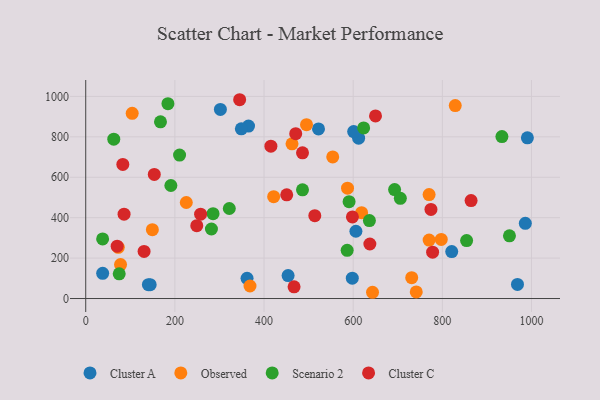
{"axis": {"x": "Experience", "y": "Demand"}, "legend": ["Cluster A", "Cluster C", "Observed", "Scenario 2"], "data": [{"x": "361.9", "y": 99.9, "type": "Cluster A"}, {"x": "821.1", "y": 232.3, "type": "Cluster A"}, {"x": "302.1", "y": 935.7, "type": "Cluster A"}, {"x": "606.1", "y": 332.8, "type": "Cluster A"}, {"x": "986.2", "y": 371.9, "type": "Cluster A"}, {"x": "38.0", "y": 124.8, "type": "Cluster A"}, {"x": "144.6", "y": 68.5, "type": "Cluster A"}, {"x": "454.0", "y": 113.5, "type": "Cluster A"}, {"x": "365.2", "y": 853.1, "type": "Cluster A"}, {"x": "349.1", "y": 839.5, "type": "Cluster A"}, {"x": "990.8", "y": 795.4, "type": "Cluster A"}, {"x": "598.0", "y": 100.6, "type": "Cluster A"}, {"x": "522.2", "y": 839.3, "type": "Cluster A"}, {"x": "612.2", "y": 793.2, "type": "Cluster A"}, {"x": "601.1", "y": 826.1, "type": "Cluster A"}, {"x": "140.5", "y": 68.5, "type": "Cluster A"}, {"x": "968.6", "y": 69.7, "type": "Cluster A"}, {"x": "770.3", "y": 514.4, "type": "Observed"}, {"x": "618.9", "y": 424.6, "type": "Observed"}, {"x": "797.6", "y": 292.2, "type": "Observed"}, {"x": "73.0", "y": 253.5, "type": "Observed"}, {"x": "731.3", "y": 102.9, "type": "Observed"}, {"x": "368.5", "y": 62.0, "type": "Observed"}, {"x": "554.1", "y": 700.9, "type": "Observed"}, {"x": "587.3", "y": 545.8, "type": "Observed"}, {"x": "421.6", "y": 504.0, "type": "Observed"}, {"x": "643.4", "y": 30.9, "type": "Observed"}, {"x": "462.8", "y": 765.6, "type": "Observed"}, {"x": "78.1", "y": 168.1, "type": "Observed"}, {"x": "104.2", "y": 916.4, "type": "Observed"}, {"x": "741.5", "y": 32.7, "type": "Observed"}, {"x": "495.3", "y": 860.0, "type": "Observed"}, {"x": "225.6", "y": 475.1, "type": "Observed"}, {"x": "829.0", "y": 954.6, "type": "Observed"}, {"x": "149.5", "y": 340.5, "type": "Observed"}, {"x": "770.4", "y": 289.2, "type": "Observed"}, {"x": "692.9", "y": 539.0, "type": "Scenario 2"}, {"x": "586.5", "y": 238.6, "type": "Scenario 2"}, {"x": "322.1", "y": 445.5, "type": "Scenario 2"}, {"x": "590.8", "y": 479.1, "type": "Scenario 2"}, {"x": "167.7", "y": 874.5, "type": "Scenario 2"}, {"x": "705.8", "y": 495.6, "type": "Scenario 2"}, {"x": "486.3", "y": 537.9, "type": "Scenario 2"}, {"x": "75.1", "y": 122.2, "type": "Scenario 2"}, {"x": "184.4", "y": 964.0, "type": "Scenario 2"}, {"x": "933.7", "y": 801.3, "type": "Scenario 2"}, {"x": "950.6", "y": 310.4, "type": "Scenario 2"}, {"x": "623.5", "y": 844.0, "type": "Scenario 2"}, {"x": "37.9", "y": 295.1, "type": "Scenario 2"}, {"x": "282.0", "y": 344.1, "type": "Scenario 2"}, {"x": "285.6", "y": 419.6, "type": "Scenario 2"}, {"x": "210.5", "y": 709.6, "type": "Scenario 2"}, {"x": "62.9", "y": 788.7, "type": "Scenario 2"}, {"x": "636.4", "y": 385.9, "type": "Scenario 2"}, {"x": "191.0", "y": 559.2, "type": "Scenario 2"}, {"x": "854.5", "y": 286.7, "type": "Scenario 2"}, {"x": "70.5", "y": 258.9, "type": "Cluster C"}, {"x": "486.3", "y": 720.9, "type": "Cluster C"}, {"x": "513.9", "y": 409.8, "type": "Cluster C"}, {"x": "467.4", "y": 57.8, "type": "Cluster C"}, {"x": "153.8", "y": 614.3, "type": "Cluster C"}, {"x": "83.2", "y": 663.7, "type": "Cluster C"}, {"x": "86.0", "y": 417.6, "type": "Cluster C"}, {"x": "130.9", "y": 233.0, "type": "Cluster C"}, {"x": "774.5", "y": 440.8, "type": "Cluster C"}, {"x": "450.9", "y": 513.3, "type": "Cluster C"}, {"x": "471.1", "y": 815.6, "type": "Cluster C"}, {"x": "650.1", "y": 903.6, "type": "Cluster C"}, {"x": "415.4", "y": 753.9, "type": "Cluster C"}, {"x": "345.3", "y": 983.7, "type": "Cluster C"}, {"x": "864.5", "y": 484.8, "type": "Cluster C"}, {"x": "598.3", "y": 403.6, "type": "Cluster C"}, {"x": "249.1", "y": 360.7, "type": "Cluster C"}, {"x": "257.7", "y": 417.4, "type": "Cluster C"}, {"x": "778.2", "y": 229.3, "type": "Cluster C"}, {"x": "637.4", "y": 269.7, "type": "Cluster C"}]}